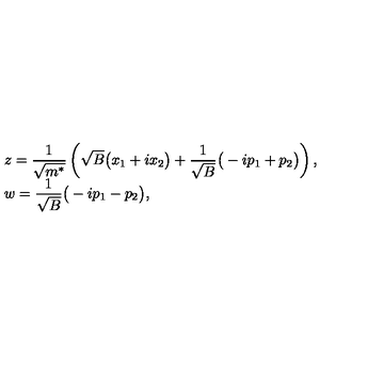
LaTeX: \begin{array} { l l } { z = \displaystyle \frac { 1 } { \sqrt { m ^ { * } } } \left( \sqrt { B } \big ( x _ { 1 } + i x _ { 2 } \big ) + \frac { 1 } { \sqrt { B } } \big ( - i p _ { 1 } + p _ { 2 } \big ) \right) , \hfill } \\ { w = \displaystyle \frac { 1 } { \sqrt { B } } \big ( - i p _ { 1 } - p _ { 2 } \big ) , \hfill } \\ \end{array}